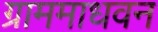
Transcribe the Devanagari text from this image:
ग्राममाधवन